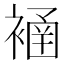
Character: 𧜄